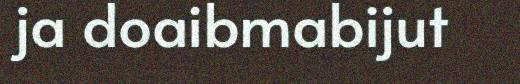
ja doaibmabijut